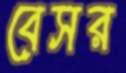
বেসর